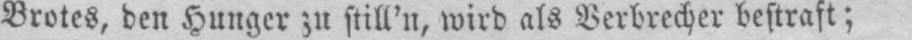
Brotes, den Hunger zu still’n, wird als Verbrecher bestraft;